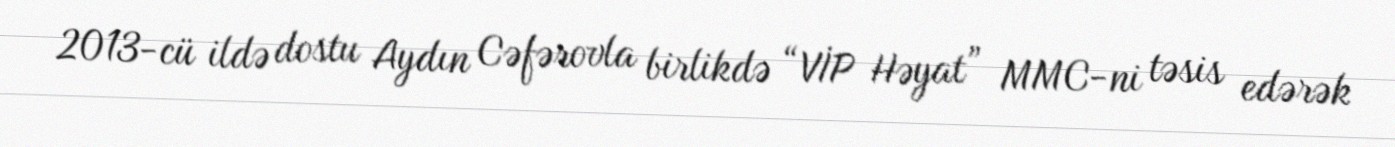
2013-cü ildə dostu Aydın Cəfərovla birlikdə “VİP Həyat” MMC-ni təsis edərək